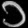
Digit: ၁